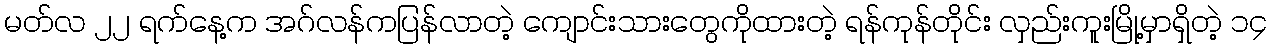
မတ်လ ၂၂ ရက်နေ့က အဂ်လန်ကပြန်လာတဲ့ ကျောင်းသားတွေကိုထားတဲ့ ရန်ကုန်တိုင်း လှည်းကူးမြို့မှာရှိတဲ့ ၁၄